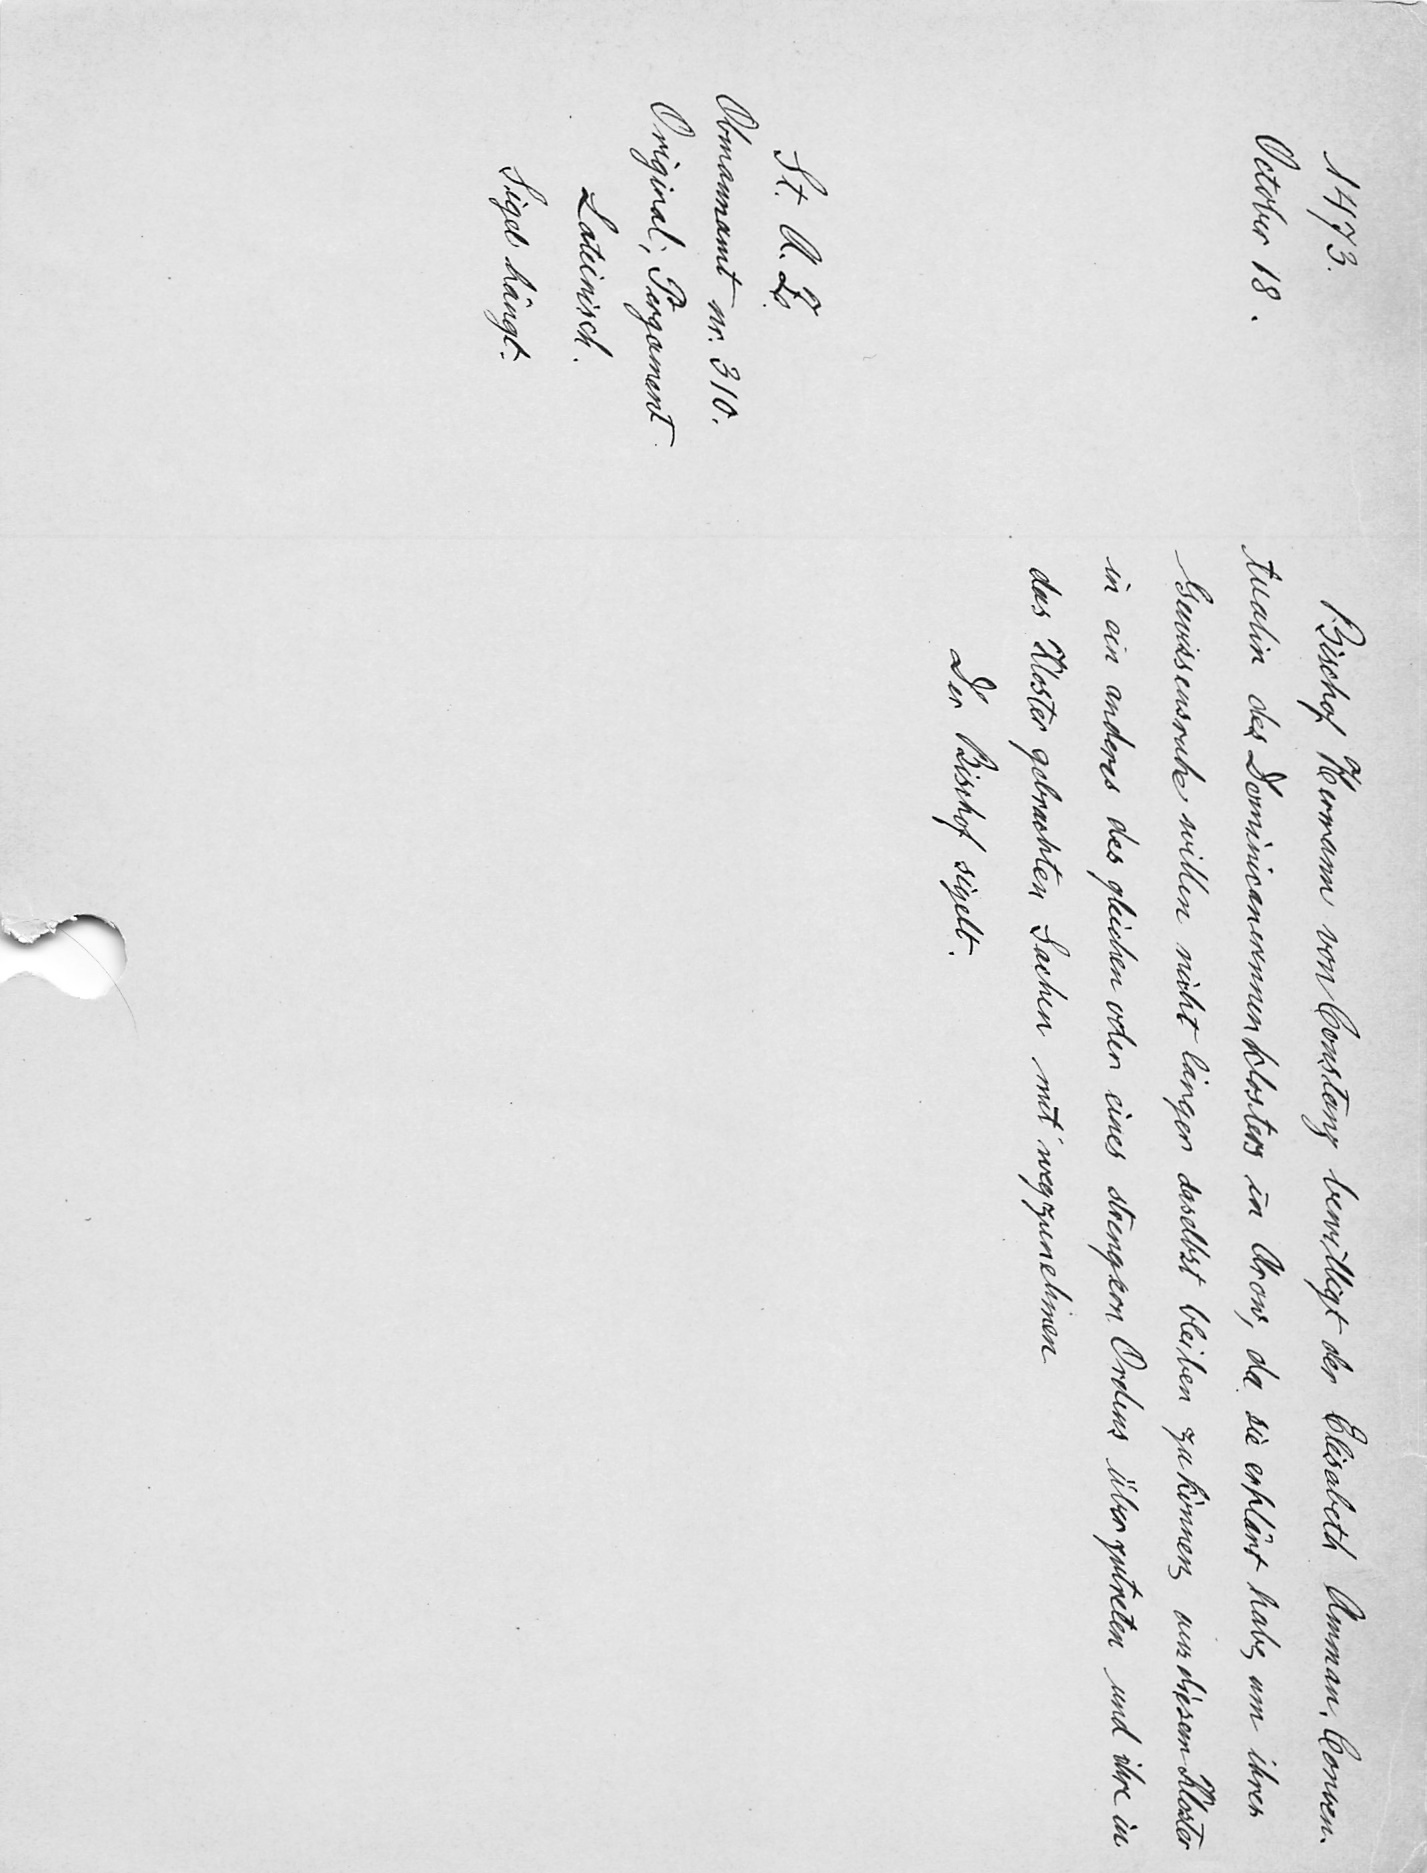
Bischof Hermann von Constanz bewilligt der Elisabeth Amman, Conven¬
tualin des Dominicanerinnenklosters in Arow, da sie erklärt habe, um ihrer
Gewissensruhe willen nicht länger daselbst bleiben zu können, aus diesem Kloster
in ein anderes des gleichen oder eines strengern Ordens über zutreten und ihre in
das Kloster gebrachten Sachen mit wegzunehmen.
Der Bischof sigelt.

1473.
Oktober 18.
St. A. Z.
Obmannamt nr. 310.
Original, Pergament
Lateinisch.
Sigel hängt.